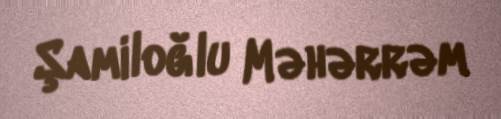
Şamiloğlu Məhərrəm